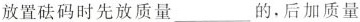
放置砝码时先放质量___ 的，后加质量